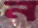
ন